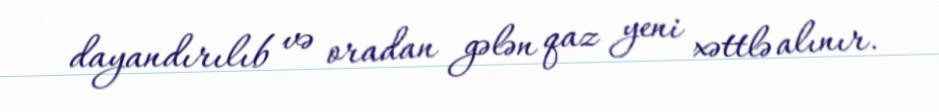
dayandırılıb və oradan gələn qaz yeni xəttlə alınır.